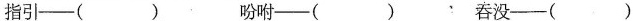
指引——（）吩咐——（） 吞没——（）